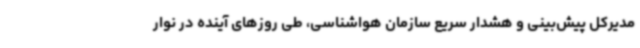
مدیرکل پیش‌بینی و هشدار سریع سازمان هواشناسی، طی روزهای آینده در نوار